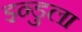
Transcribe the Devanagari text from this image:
इन्डुला